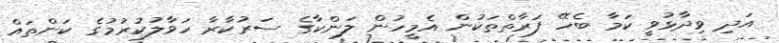
އަދި ވިދާޅުވީ ކަމާ ބެހޭ ފަރާތްތަކުން އެމީހުން ލަންކާގެ ސަރުކާރާ ހަވާލުކުރުމުގެ ކަންތައް